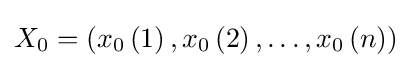
X_{0}=\left(x_{0}\left(1\right),x_{0}\left(2\right),\dots ,x_{0}\left(n\right)\right)